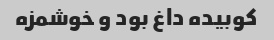
کوبیده داغ بود و خوشمزه